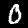
Digit: 0